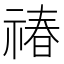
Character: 𬓉